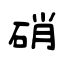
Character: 硝